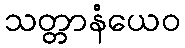
သတ္တာနံယေဝ